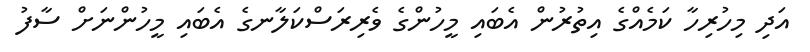
އަދި މިހުރިހާ ކަމެއްގެ އިތުރުން އެބައި މީހުންގެ ވެރިރަސްކަލާނގެ އެބައި މީހުންނަށް ސާފު